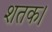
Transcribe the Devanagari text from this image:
शतक।